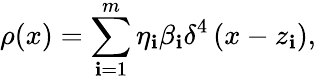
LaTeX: \rho(x)=\sum_{\mathbf{i}=1}^{m}\eta_{\mathbf{i}}\beta_{\mathbf{i}}\delta^{4}\left(x-z_{\mathbf{i}}\right),